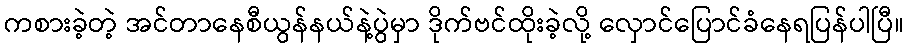
ကစားခဲ့တဲ့ အင်တာနေစီယွန်နယ်နဲ့ပွဲမှာ ဒိုက်ဗင်ထိုးခဲ့လို့ လှောင်ပြောင်ခံနေရပြန်ပါပြီ။